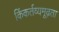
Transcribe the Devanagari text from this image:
किंकर्तव्यमूढ़ता